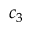
c _ { 3 }